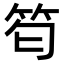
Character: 𥬜